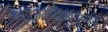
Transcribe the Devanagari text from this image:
माग्देबुर्ग